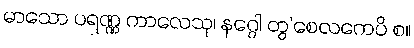
မာသော ပရဏ္ဏ ကာလေသု၊ နဂ္ဂေါ တွ’စေလကေပိ စ။